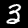
Label: 3